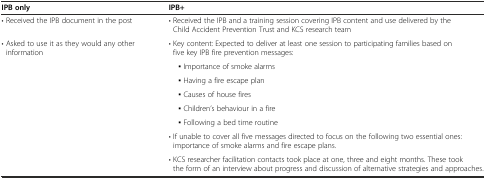
<table><thead><tr><td><b>IPB only</b></td><td><b>IPB+</b></td></tr></thead><tbody><tr><td>• Received the IPB document in the post</td><td>• Received the IPB and a training session covering IPB content and use delivered by the Child Accident Prevention Trust and KCS research team</td></tr><tr><td>• Asked to use it as they would any other information</td><td>• Key content: Expected to deliver at least one session to participating families based on five key IPB fire prevention messages:</td></tr><tr><td></td><td>▪ Importance of smoke alarms</td></tr><tr><td></td><td>▪ Having a fire escape plan</td></tr><tr><td></td><td>▪ Causes of house fires</td></tr><tr><td></td><td>▪ Children’s behaviour in a fire</td></tr><tr><td></td><td>▪ Following a bed time routine</td></tr><tr><td></td><td>• If unable to cover all five messages directed to focus on the following two essential ones: importance of smoke alarms and fire escape plans.</td></tr><tr><td></td><td>• KCS researcher facilitation contacts took place at one, three and eight months. These took the form of an interview about progress and discussion of alternative strategies and approaches.</td></tr></tbody></table>